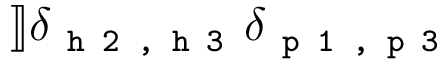
] \! ] \delta _ { \texttt { h 2 , h 3 } } \delta _ { \texttt { p 1 , p 3 } }